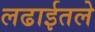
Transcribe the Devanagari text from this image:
लढाईतले